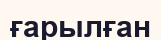
ғарылған